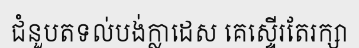
ជំនួបតទល់បង់ក្លាដេស គេស្ទើរតែរក្សា